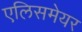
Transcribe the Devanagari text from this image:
एलिसमेयर